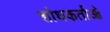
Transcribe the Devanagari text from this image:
शोधकर्ताओ